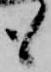
も